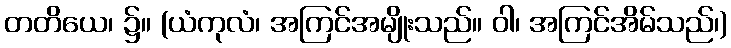
တတိယေ၊ ၌။ (ယံကုလံ၊ အကြင်အမျိုးသည်။ ဝါ၊ အကြင်အိမ်သည်၊)